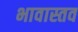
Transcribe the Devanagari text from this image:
भावास्तव